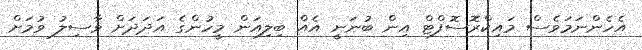
އެހެންނަމަވެސް މައިކްރޮސޮފްޓް އިން ބުނަނީ އެއް ބިލިއަން މީހުންގެ އަދަދަށް ވާސިލު ވުމަށް